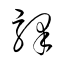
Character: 驛